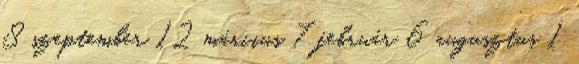
8 szeptember 12 március 7 február 6 augusztus 1